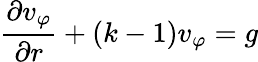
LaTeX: \frac{\partial v_{\varphi}}{\partial r}+(k-1)v_{\varphi}=g